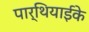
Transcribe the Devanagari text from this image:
पार्थियाईके